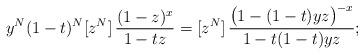
LaTeX: \begin{align*}y^N(1-t)^N [z^N] \,\frac{(1-z)^{x}}{1-tz}=[z^N]\,\frac{\bigl(1-(1-t)yz\bigr)^{-x}}{1-t(1-t)yz};\end{align*}